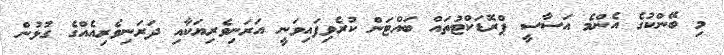
މި ބޭންކުގެ އެންމެ އަސާސީ ޕްރޮޑަކްޓުތައް ބައްޓަން ކުރެވިފައިވަނީ އަރަނިވެރިޔަކާއި ދަރަނިވެރިއެއްގެ ގުޅުން